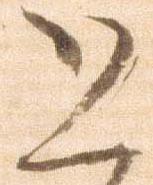
恐